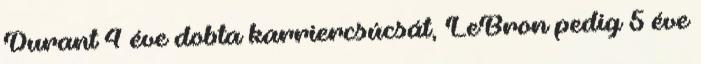
Durant 4 éve dobta karriercsúcsát, LeBron pedig 5 éve